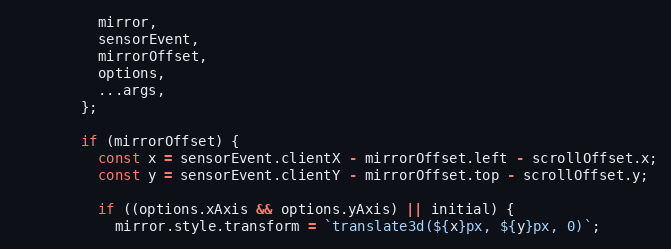
Language: JavaScript
          mirror,
          sensorEvent,
          mirrorOffset,
          options,
          ...args,
        };

        if (mirrorOffset) {
          const x = sensorEvent.clientX - mirrorOffset.left - scrollOffset.x;
          const y = sensorEvent.clientY - mirrorOffset.top - scrollOffset.y;

          if ((options.xAxis && options.yAxis) || initial) {
            mirror.style.transform = `translate3d(${x}px, ${y}px, 0)`;